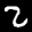
Label: 2